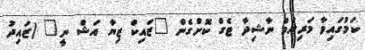
ކަމުގައިވާ މަރިޔަމް ނާޝިދާ ޓެގް ކޮށްގެން "ޒައިކް ޒިޔާ އަޝް ނީ" (ޒައިދު